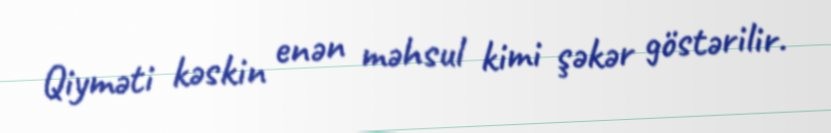
Qiyməti kəskin enən məhsul kimi şəkər göstərilir.